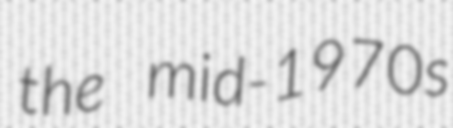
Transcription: the mid-1970s